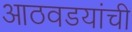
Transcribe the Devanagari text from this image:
आठवडयांची